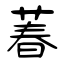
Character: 萶